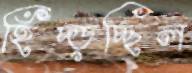
হিঁচ্‌ড়চ্ছিল